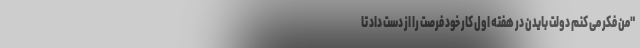
"من فکر می کنم دولت بایدن در هفته اول کار خود فرصت را از دست داد تا